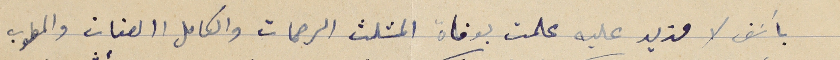
بأسَف لا مزيد عليه علمت بوفاة المثلث الرحمات والكامل الصفات والمطوب